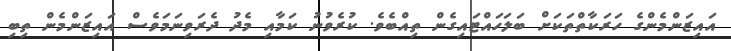
އައިޒަންމެންގެ ހަރަކާތްތަކަށް ބަލަހައްޓައިގެން ތިއްބެވެ. ކުރެވުނު ކަމާއި މެދު ދެރަވިނަމަވެސް އައިޒަންމެން ތިބި